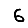
Digit: 6